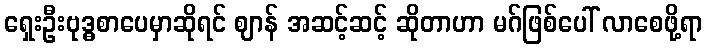
ရှေးဦးဗုဒ္ဓစာပေမှာဆိုရင် ဈာန် အဆင့်ဆင့် ဆိုတာဟာ မဂ်ဖြစ်ပေါ် လာစေဖို့ရာ